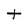
Character: t